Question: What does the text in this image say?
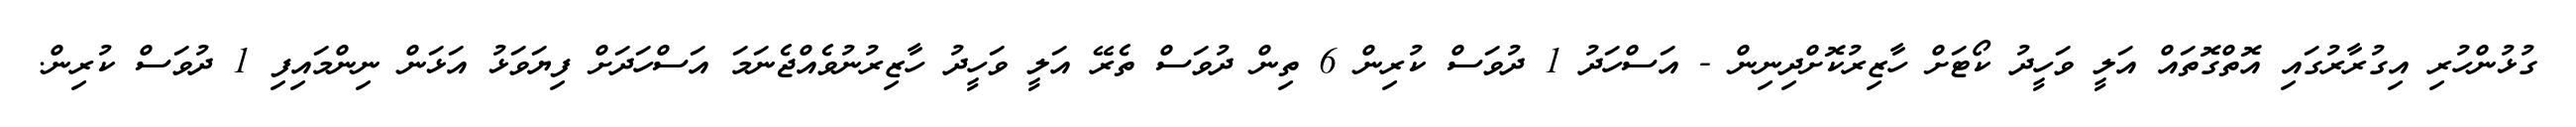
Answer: ގުޅުންހުރި އިގުރާރުގައި އޮތްގޮތައް އަލީ ވަހީދު ކޯޓަށް ހާޒިރުކޮށްދިނިން - އަސްހަދު 1 ދުވަސް ކުރިން 6 ތިން ދުވަސް ތެރޭ އަލީ ވަހީދު ހާޒިރުނުވެއްޖެނަމަ އަސްހަދަށް ފިޔަވަޅު އަޅަން ނިންމައިފި 1 ދުވަސް ކުރިން.